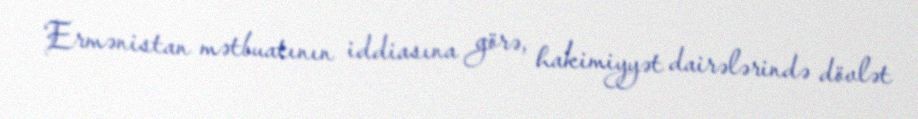
Ermənistan mətbuatının iddiasına görə, hakimiyyət dairələrində dövlət